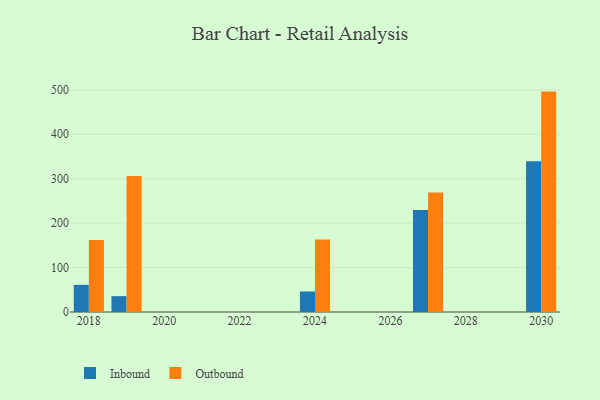
{"axis": {"x": "Year", "y": "Population (Million)"}, "legend": ["Inbound", "Outbound"], "data": [{"x": "2018", "y": 61.1, "type": "Inbound"}, {"x": "2018", "y": 161.8, "type": "Outbound"}, {"x": "2024", "y": 46.2, "type": "Inbound"}, {"x": "2024", "y": 163.3, "type": "Outbound"}, {"x": "2027", "y": 229.4, "type": "Inbound"}, {"x": "2027", "y": 268.8, "type": "Outbound"}, {"x": "2030", "y": 339.5, "type": "Inbound"}, {"x": "2030", "y": 496.0, "type": "Outbound"}, {"x": "2019", "y": 35.7, "type": "Inbound"}, {"x": "2019", "y": 305.9, "type": "Outbound"}]}